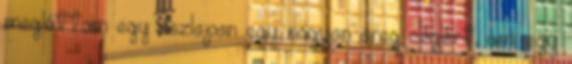
megláttam egy oszlopon egy nagyon öreg cégért, ami egy